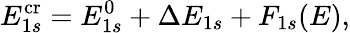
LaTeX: E_{1s}^{\mathrm{cr}}=E_{1s}^{0}+\Delta E_{1s}+F_{1s}(E),